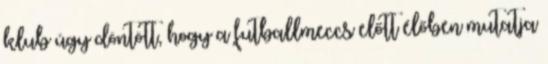
klub úgy döntött, hogy a futballmeccs előtt élőben mutatja